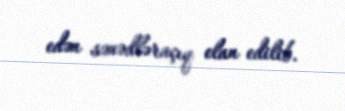
edən sənədləraçıq elan edilib.